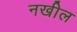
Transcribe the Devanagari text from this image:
नखील